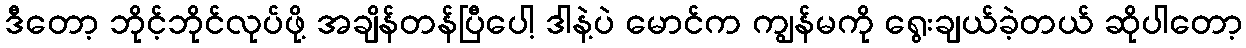
ဒီတော့ ဘိုင့်ဘိုင်လုပ်ဖို့ အချိန်တန်ပြီပေါ့ ဒါနဲ့ပဲ မောင်က ကျွန်မကို ရွေးချယ်ခဲ့တယ် ဆိုပါတော့